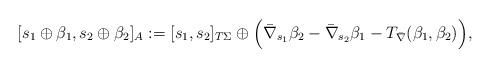
LaTeX: \begin{align*}[s_1\oplus \beta_1,s_2\oplus \beta_2]_A:=[s_1,s_2]_{T\Sigma}\oplus \Big(\bar{\nabla}_{s_1}\beta_2-\bar{\nabla}_{s_2}\beta_1-T_{\bar{\nabla}}(\beta_1,\beta_2) \Big),\end{align*}